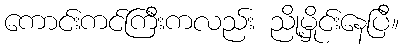
ကောင်းကင်ကြီးကလည်း ညို့မှိုင်းနေပြီ။